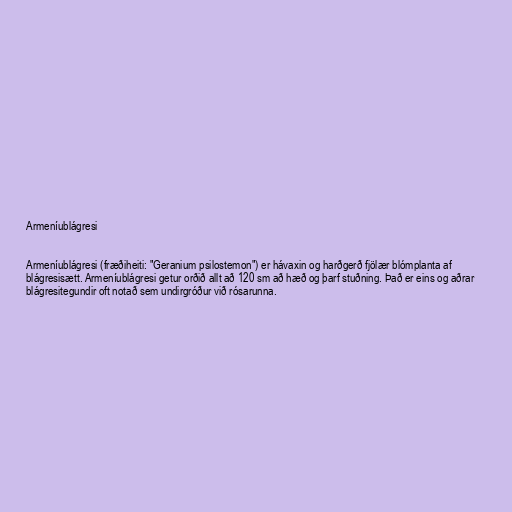
Armeníublágresi

Armeníublágresi (fræðiheiti: "Geranium psilostemon") er hávaxin og harðgerð fjölær blómplanta af
blágresisætt. Armeníublágresi getur orðið allt að 120 sm að hæð og þarf stuðning. Það er eins og aðrar
blágresitegundir oft notað sem undirgróður við rósarunna.